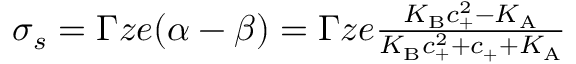
\begin{array} { r } { \sigma _ { s } = \Gamma z e ( \alpha - \beta ) = \Gamma z e \frac { K _ { \mathrm { B } } c _ { + } ^ { 2 } - K _ { \mathrm { A } } } { K _ { \mathrm { B } } c _ { + } ^ { 2 } + c _ { + } + K _ { \mathrm { A } } } } \end{array}